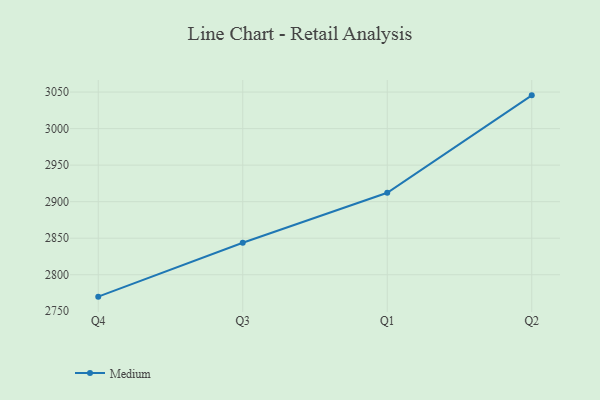
{"axis": {"x": "Quarter", "y": "LTV (USD)"}, "legend": ["Medium"], "data": [{"x": "Q4", "y": 2770.0, "type": "Medium"}, {"x": "Q3", "y": 2843.8, "type": "Medium"}, {"x": "Q1", "y": 2912.1, "type": "Medium"}, {"x": "Q2", "y": 3045.5, "type": "Medium"}]}